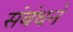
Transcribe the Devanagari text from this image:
संबंधने